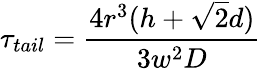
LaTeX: \tau_{tail}=\frac{4r^{3}(h+\sqrt{2}d)}{3w^{2}D}